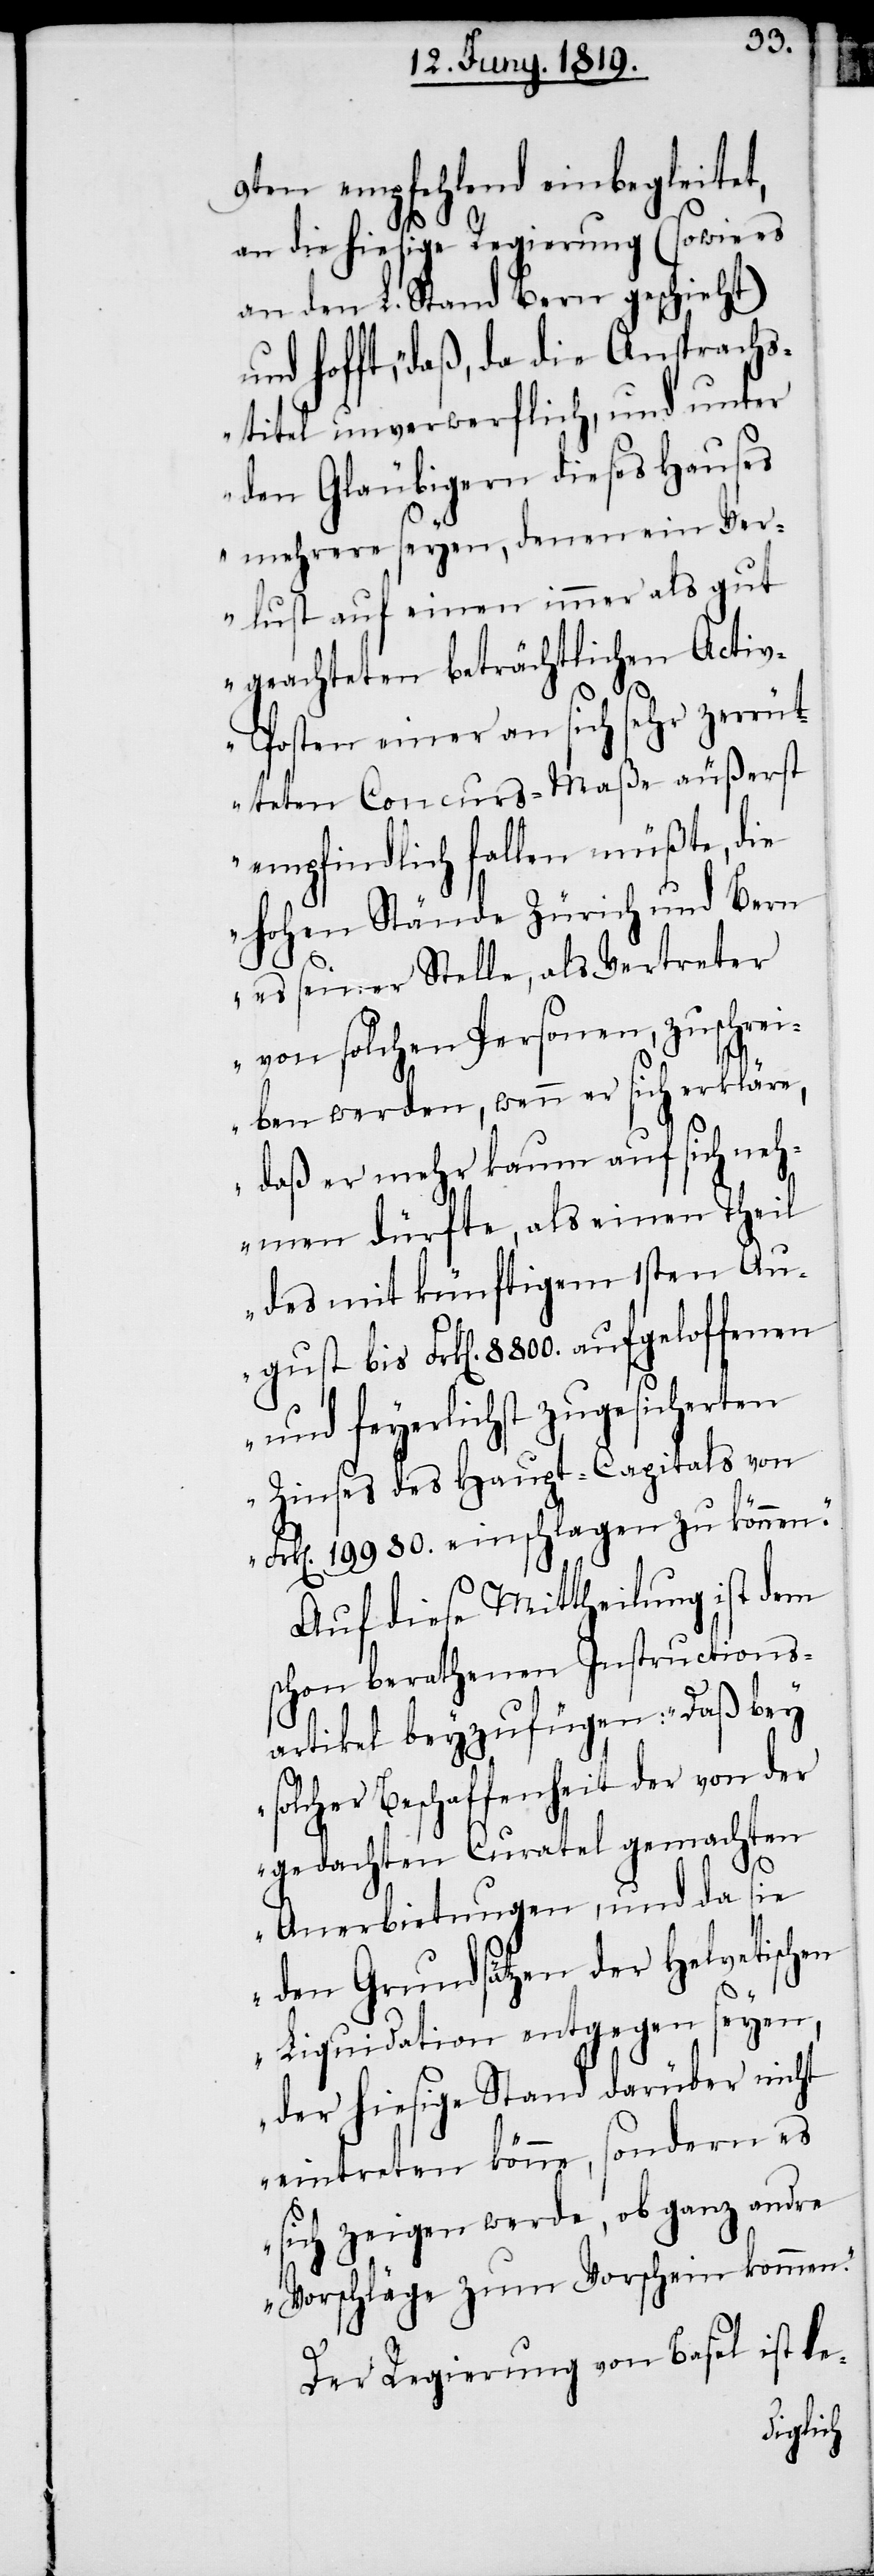
9ten empfehlend einbegleitet,
an die hiesige Regierung (sowie es
an den L. Stand Bern geschieht)
hofft, „daß, da die Ansprachs¬
titel unverwerflich, und unter
den Gläubigern dieses Hauses
mehrere seyen, denen ein Ver¬
lust auf einen immer als gut
geachteten beträchtlichen Acti¬
v-Posten einer an sich sehr zerrüt¬
teten Concurs-Maßa äußerst
empfindlich fallen müßte, die
hohen Stände Zürich und Bern
es seiner Stelle, als Vertreter
von solchen Personen, zuschrei¬
ben werden, wenn er sich erkläre,
daß er mehr kaum auf sich neh¬
men dürfte, als einen Theil
des mit künftigem 1sten Au¬
gust bis Frk[en]. 8800. aufgeloffenen
und feyerlichst zugesicherten
Zinses des Haupt-Capitals von
Frk[en]. 19980. einschlagen zu können.“
Auf diese Mittheilung ist dem
schon berathenen Instructions¬
artikel beyzufügen: „Daß bey
solcher Beschaffenheit der von der
gedachten Curatel gemachten
Anerbietungen, und da sie
den Grundsätzen der helvetischen
Liquidation entgegen seyen,
der hiesigen Stand darüber nicht
eintreten könne, sondern es
sich zeigen werde, ob ganz andre
Vorschläge zum Vorschein kommen.“
Der Regierung von Basel ist le-